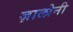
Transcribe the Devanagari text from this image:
ज़ालोनी